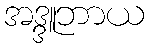
အဒ္ဒူဘာယ